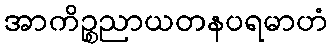
အာကိဉ္စညာယတနပရမာဟံ